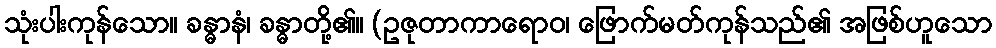
သုံးပါးကုန်သော။ ခန္ဓာနံ၊ ခန္ဓာတို့၏။ (ဥဇုတာကာရောဝ၊ ဖြောက်မတ်ကုန်သည်၏ အဖြစ်ဟူသော